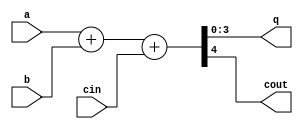
module addca(a, b, cin, q, cout);
input [3:0] a, b;
input cin;
output [3:0] q;
output cout;

assign { cout, q } = a + b + cin;

endmodule